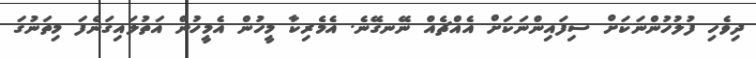
ދިވެހި ފުލުހުންނަކަށް ސިފައިންނަކަށް އެއްޗެއް ނޭނގޭނެ. އެމެރިކާ މީހުން އެމީހުން އަތުލައިގަނެފަ މިތަނުގަ